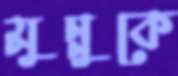
মুন্নুকে